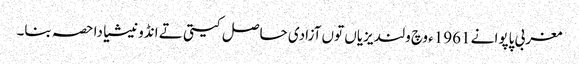
مغربی پاپوا نے 1961ء وچ ولندیزیاں توں آزادی حاصل کیتی تے انڈونیشیا دا حصہ بنا۔